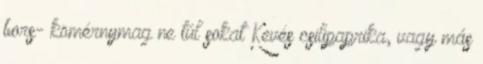
bors- kömérnymag ne túl sokat Kevés csilipaprika, vagy más